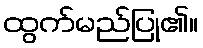
ထွက်မည်ပြု၏။